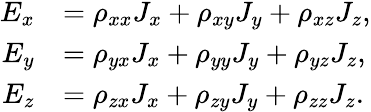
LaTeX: {\begin{array}{rl}{E_{x}}&{=\rho_{xx}J_{x}+\rho_{xy}J_{y}+\rho_{xz}J_{z},}\\ {E_{y}}&{=\rho_{yx}J_{x}+\rho_{yy}J_{y}+\rho_{yz}J_{z},}\\ {E_{z}}&{=\rho_{zx}J_{x}+\rho_{zy}J_{y}+\rho_{zz}J_{z}.}\end{array}}